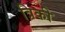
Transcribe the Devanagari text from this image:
त्रिकी